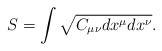
\begin{align*} S=\int\sqrt{C_{\mu\nu} dx^\mu dx^\nu}.\end{align*}